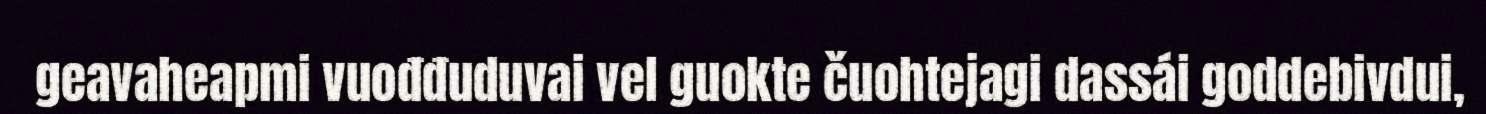
geavaheapmi vuođđuduvai vel guokte čuohtejagi dassái goddebivdui,